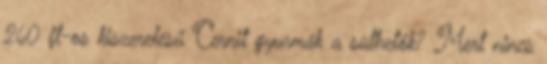
260 ft-os kiszerelésű Cernit gyurmák a süthetők? Mert nincs